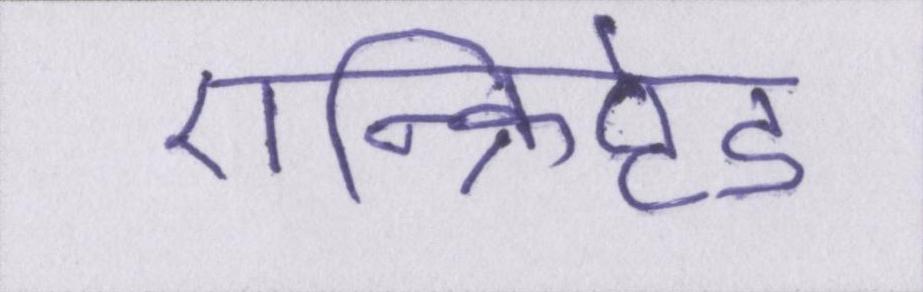
एन्क्रिप्टेड